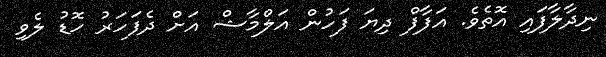
ނިދާލާފައި އޮތެވެ. އަފާފް ދިޔަ ފަހުން އަލްމާޝް އަށް ދެފަހަރު ހޮޑު ލެވި